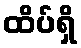
ထိပ်ရှိ